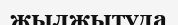
жылжытуда